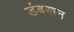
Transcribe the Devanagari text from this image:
डंबरून